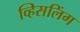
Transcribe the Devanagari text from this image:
व्हिसलिंग